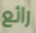
رائع